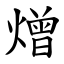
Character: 熷